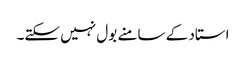
استاد کے سامنے بول نہیں سکتے۔